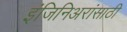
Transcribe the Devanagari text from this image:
इंजिनिअरांसाठी